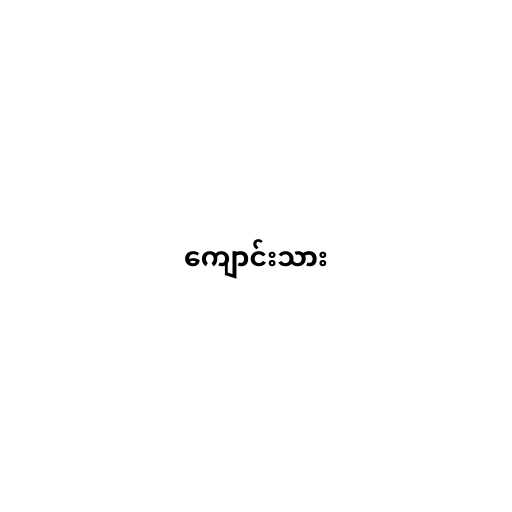
ကျောင်းသား